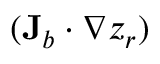
( { \bf J } _ { b } \cdot \nabla z _ { r } )